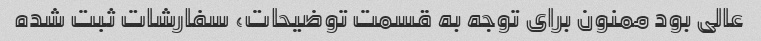
عالی بود ممنون برای توجه به قسمت توضیحات، سفارشات ثبت شده